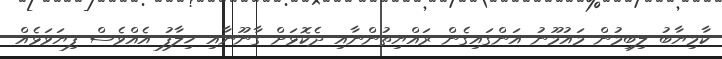
ކާމިޔާބު ލިބިމުން މައުމޫނު އަންގައިގެން ރައްޔިތުންނާއި ދެކޮޅަށް ގާނޫނާއި ޚިލާފު އެއްވެސް ފިޔަވަޅެއް